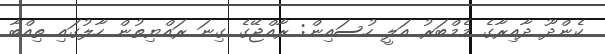
ކެންދޫ ދާއިރާގެ މެމްބަރު އަލީ ހުސައިން: ރާއްޖޭގެ ގިނަ ރައްްޔިތުން ހާލުގައި ތިއްބާ